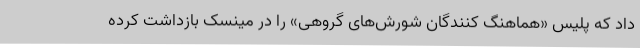
داد که پلیس «هماهنگ کنندگان شورش‌های گروهی» را در مینسک بازداشت کرده